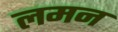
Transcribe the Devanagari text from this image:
लमन